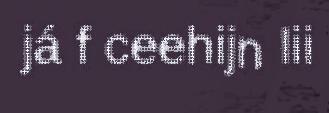
já f ceehijn lii